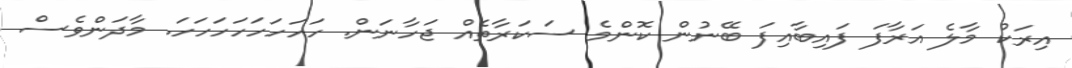
އިރަކު މާލެ އަރާފަ ފައިބާއިފަ ބޭނުން ކޮންމެ ސަކަރާތެއް ޖަހާނަން. ހަހަހަހަހަހަހަހަ. މާދަންވެސް